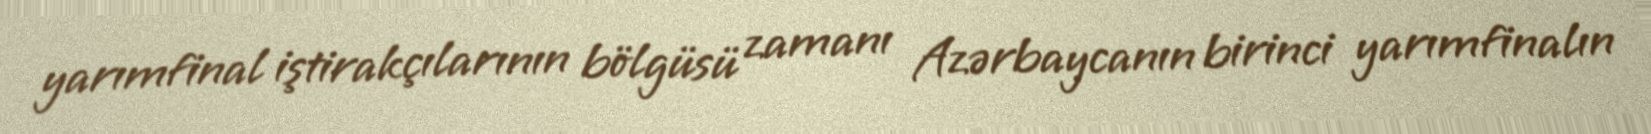
yarımfinal iştirakçılarının bölgüsü zamanı Azərbaycanın birinci yarımfinalın